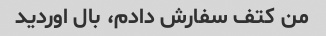
من کتف سفارش دادم، بال اوردید